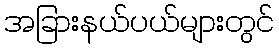
အခြားနယ်ပယ်များတွင်